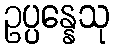
ဥပ္ပန္နေသု